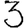
Digit: 3